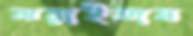
ঝরাইতাম